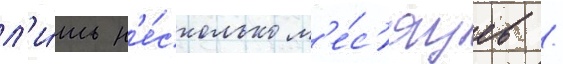
л'и́шь н'е́сколько м'е́с'яцев /